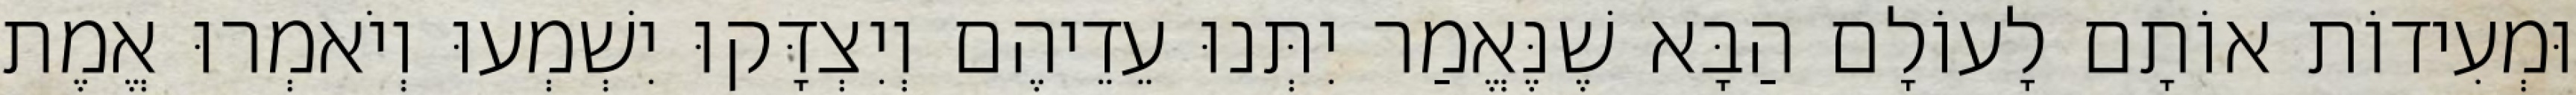
וּמְעִידוֹת אוֹתָם לָעוֹלָם הַבָּא שֶׁנֶּאֱמַר יִתְּנוּ עֵדֵיהֶם וְיִצְדָּקוּ יִשְׁמְעוּ וְיֹאמְרוּ אֱמֶת